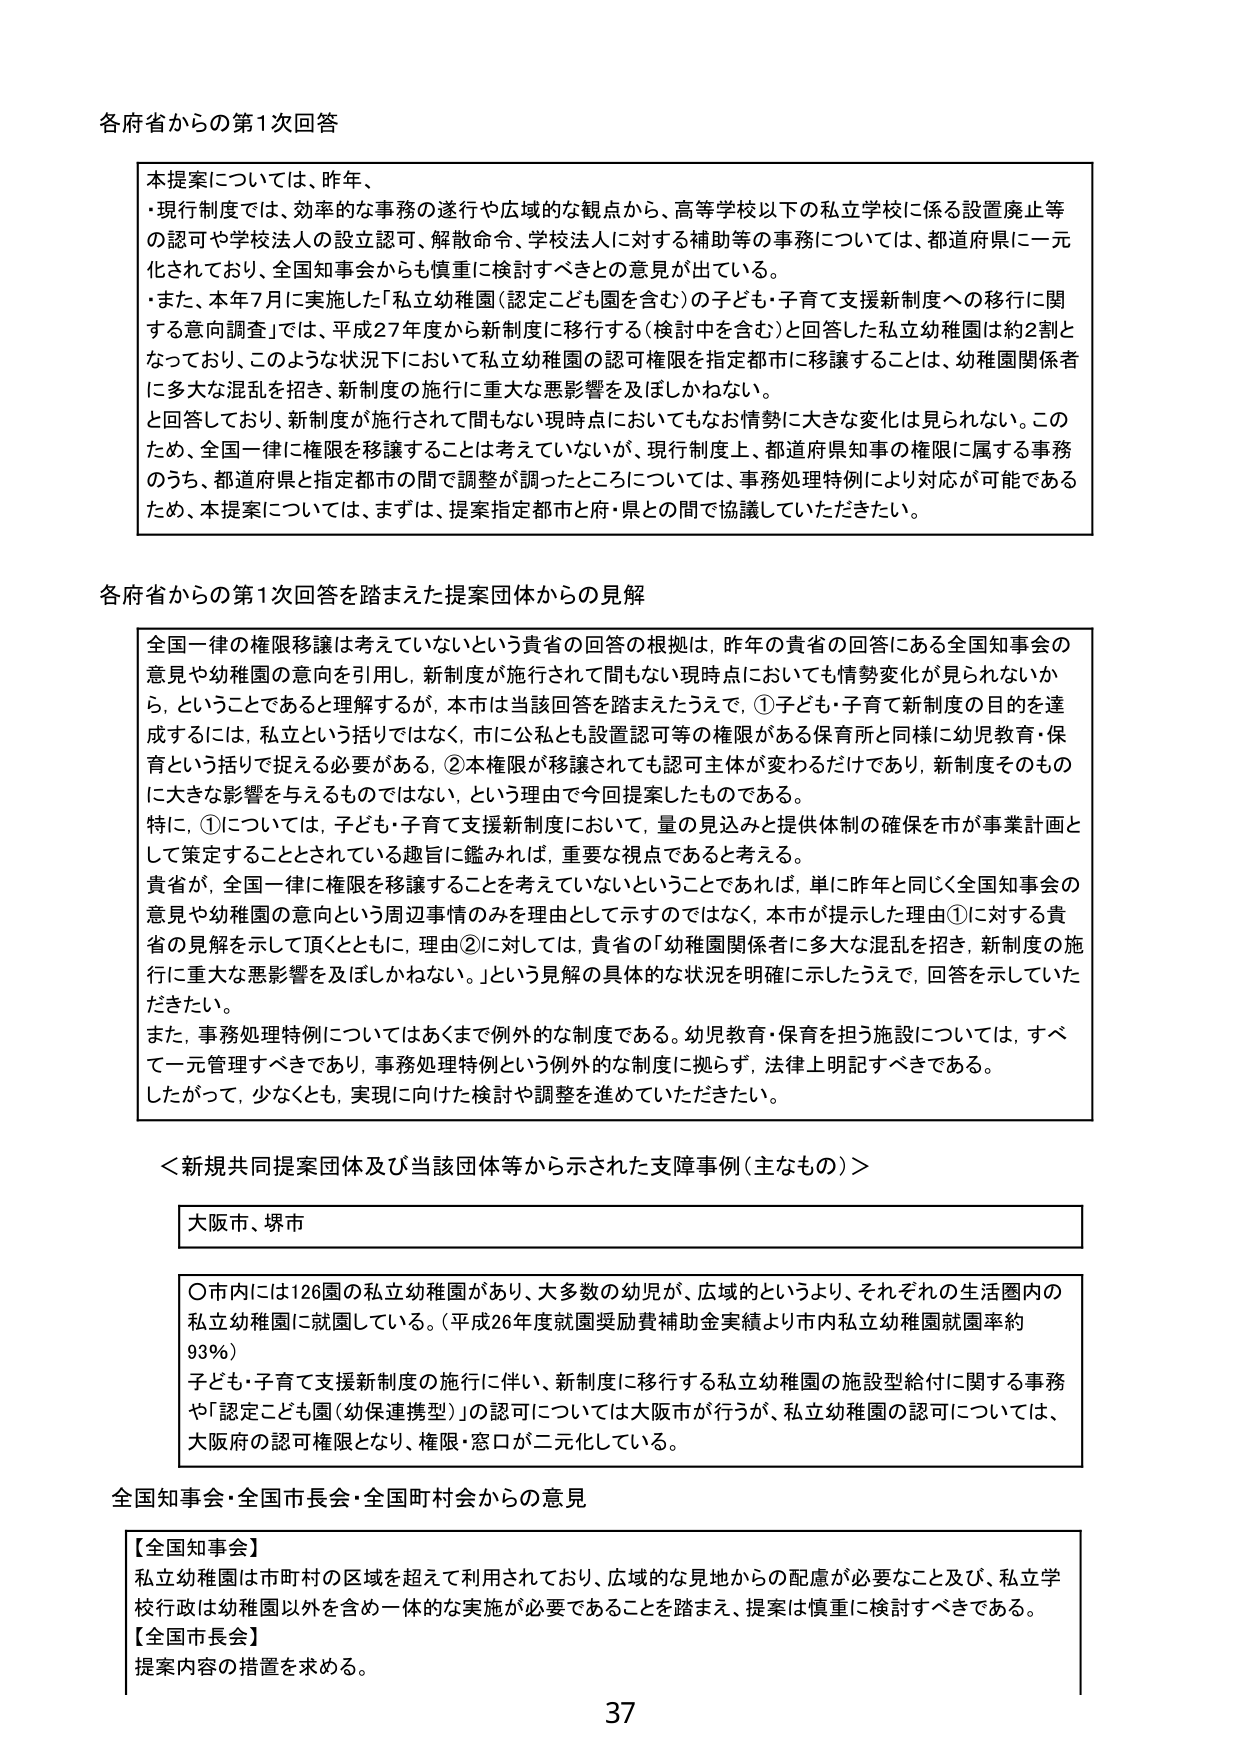
各府省からの第1次回答

本提案については、昨年、
・現行制度では、効率的な事務の遂行や広域的な観点から、高等学校以下の私立学校に係る設置廃止等の認可や学校法人の設立認可、解散命令、学校法人に対する補助等の事務については、都道府県に一元化されており、全国知事会からも慎重に検討すべきとの意見が出ている。
・また、本年7月に実施した「私立幼稚園（認定こども園を含む）の子ども・子育て支援新制度への移行に関する意向調査」では、平成27年度から新制度に移行する（検討中を含む）と回答した私立幼稚園は約2割となっており、このような状況下において私立幼稚園の認可権限を指定都市に移譲することは、幼稚園関係者に多大な混乱を招き、新制度の施行に重大な悪影響を及ぼしかねない。
と回答しており、新制度が施行されて間もない現時点においてもなお情勢に大きな変化は見られない。このため、全国一律に権限を移譲することは考えていないが、現行制度上、都道府県知事の権限に属する事務のうち、都道府県と指定都市の間で調整が調ったところについては、事務処理特例により対応が可能であるため、本提案については、まずは、提案指定都市と府・県との間で協議していただきたい。

各府省からの第1次回答を踏まえた提案団体からの見解

全国一律の権限移譲は考えていないという貴省の回答の根拠は、昨年の貴省の回答にある全国知事会の意見や幼稚園の意向を引用し、新制度が施行されて間もない現時点においても情勢変化が見られないから、ということであると理解するが、本市は当該回答を踏まえたうえで、①子ども・子育て新制度の目的を達成するには、私立という括りではなく、市に公私とも設置認可等の権限がある保育所と同様に幼児教育・保育という括りで捉える必要がある、②本権限が移譲されても認可主体が変化するだけであり、新制度そのものに大きな影響を与えるものではない、という理由で今回提案したものである。
特に、①については、子ども・子育て支援新制度において、量の見込みと提供体制の確保を市が事業計画として策定することとされている趣旨に鑑みれば、重要な視点であると考える。
貴省が、全国一律に権限を移譲することを考えていないということであれば、単に昨年と同じく全国知事会の意見や幼稚園の意向という周辺事情のみを理由として示すのではなく、本市が提示した理由①に対する貴省の見解を示して頂くとともに、理由②に対しては、貴省の「幼稚園関係者に多大な混乱を招き、新制度の施行に重大な悪影響を及ぼしかねない。」という見解の具体的な状況を明確に示したうえで、回答を示していただきたい。
また、事務処理特例についてはあくまで例外的な制度である。幼児教育・保育を担う施設については、すべて一元管理すべきであり、事務処理特例という例外的な制度に拠らず、法律上明記すべきである。
したがって、少なくとも、実現に向けた検討や調整を進めていただきたい。

＜新規共同提案団体及び当該団体等から示された支障事例（主なもの）＞

大阪市、堺市

○市内には126園の私立幼稚園があり、大多数の幼児が、広域的というより、それぞれの生活圏内の私立幼稚園に就園している。（平成26年度就園奨励費補助金実績より市内私立幼稚園就園率約93％）
子ども・子育て支援新制度の施行に伴い、新制度に移行する私立幼稚園の施設型給付に関する事務や「認定こども園（幼保連携型）」の認可については大阪市が行うが、私立幼稚園の認可については、大阪府の認可権限となり、権限・窓口が二元化している。

全国知事会・全国市長会・全国町村会からの意見

【全国知事会】
私立幼稚園は市町村の区域を超えて利用されており、広域的な見地からの配慮が必要なこと及び、私立学校行政は幼稚園以外を含め一体的な実施が必要であることを踏まえ、提案は慎重に検討すべきである。
【全国市長会】
提案内容の措置を求める。

37